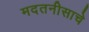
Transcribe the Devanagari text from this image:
मदतनीसाचे